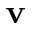
\mathbf { v }